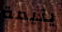
يتيمة